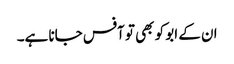
ان کے ابو کو بھی تو آفس جانا ہے۔